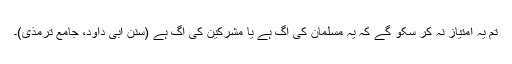
تم یہ امتیاز نہ کر سکو گے کہ یہ مسلمان کی آگ ہے یا مشرکین کی آگ ہے (سنن ابی داؤد، جامع ترمذی)۔